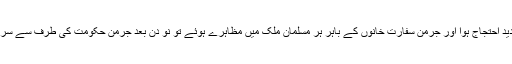
جب مسلمان ملکوں بالخصوص مصر میں شدید احتجاج ہوا اور جرمن سفارت خانوں کے باہر ہر مسلمان ملک میں مظاہرے ہوئے تو نو دن بعد جرمن حکومت کی طرف سے سرکاری طور پر اس واقعہ کی مذمت کی گئی۔